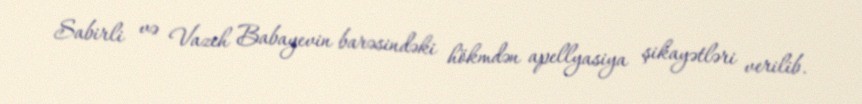
Sabirli və Vazeh Babayevin barəsindəki hökmdən apellyasiya şikayətləri verilib.